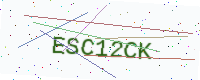
Text: ESC12CK